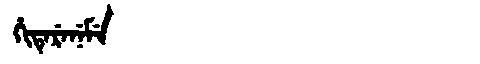
Manchu: ᡥᡳᡨᡝᡵᡝᠨᡝᠮᡝ
Romanization: HITERENEME